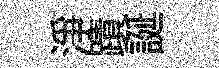
浄蹟誕